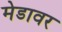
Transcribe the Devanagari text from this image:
मेडावर